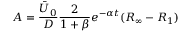
A = \frac { \bar { U } _ { 0 } } { D } \frac { 2 } { 1 + \beta } e ^ { - \alpha t } ( R _ { \infty } - R _ { 1 } )